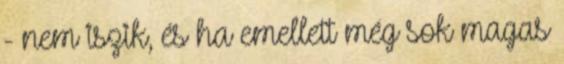
- nem iszik, és ha emellett még sok magas